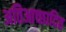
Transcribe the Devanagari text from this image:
अतिआच्छादित